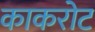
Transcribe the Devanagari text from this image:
काकरोट